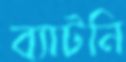
ব্যাটনি